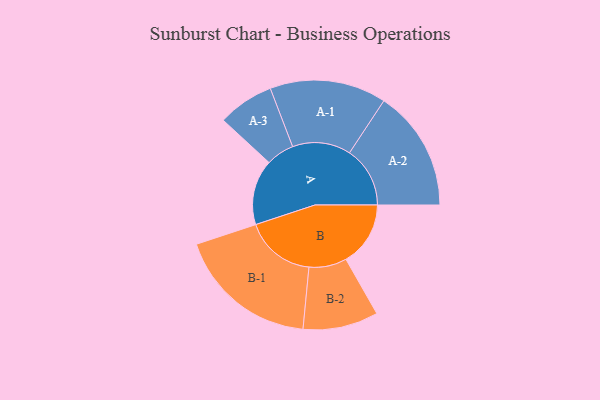
{"axis": {"x": "Segment", "y": "Value"}, "legend": ["", "A", "B"], "data": [{"x": "A", "y": 260, "type": ""}, {"x": "B", "y": 257, "type": ""}, {"x": "A-1", "y": 232, "type": "A"}, {"x": "A-2", "y": 241, "type": "A"}, {"x": "A-3", "y": 112, "type": "A"}, {"x": "B-1", "y": 282, "type": "B"}, {"x": "B-2", "y": 150, "type": "B"}]}